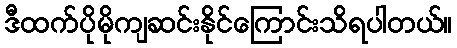
ဒီထက်ပိုမိုကျဆင်းနိုင်ကြောင်းသိရပါတယ်။